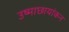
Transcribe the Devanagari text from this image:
उष्माछायांकन